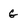
Character: G